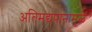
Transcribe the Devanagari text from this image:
अतिमद्यपानामुळे